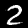
Digit: 2